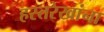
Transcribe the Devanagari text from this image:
हस्तरेखांना